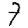
Digit: 7